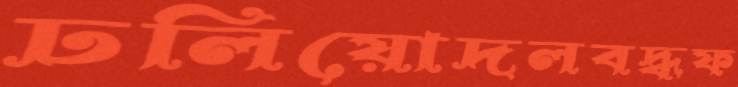
ঢলিয়োদলবদ্ধফ